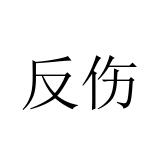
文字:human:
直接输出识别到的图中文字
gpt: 反伤